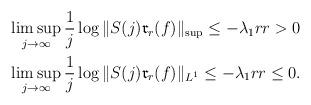
LaTeX: \begin{align*}&\limsup_{j\to\infty}\frac{1}{j}\log\|S(j)\mathfrak{r}_r(f)\|_{\sup}\leq -\lambda_1 r r>0\\&\limsup_{j\to\infty}\frac{1}{j}\log\|S(j)\mathfrak{r}_r(f)\|_{L^1}\leq -\lambda_1 r r\leq 0.\end{align*}